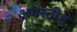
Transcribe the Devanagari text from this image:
अगस्तीचे